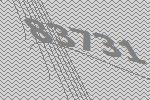
83731